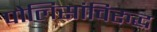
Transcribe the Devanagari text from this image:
पोलिसांविरुद्ध